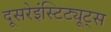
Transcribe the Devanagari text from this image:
दूसरेइंस्टिट्यूट्स